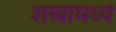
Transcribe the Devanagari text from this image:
शस्त्रांमध्ये